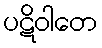
ပဋိဝါတေ